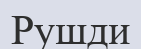
Рушди